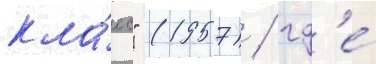
кла́сс" (1957) / гд'е́